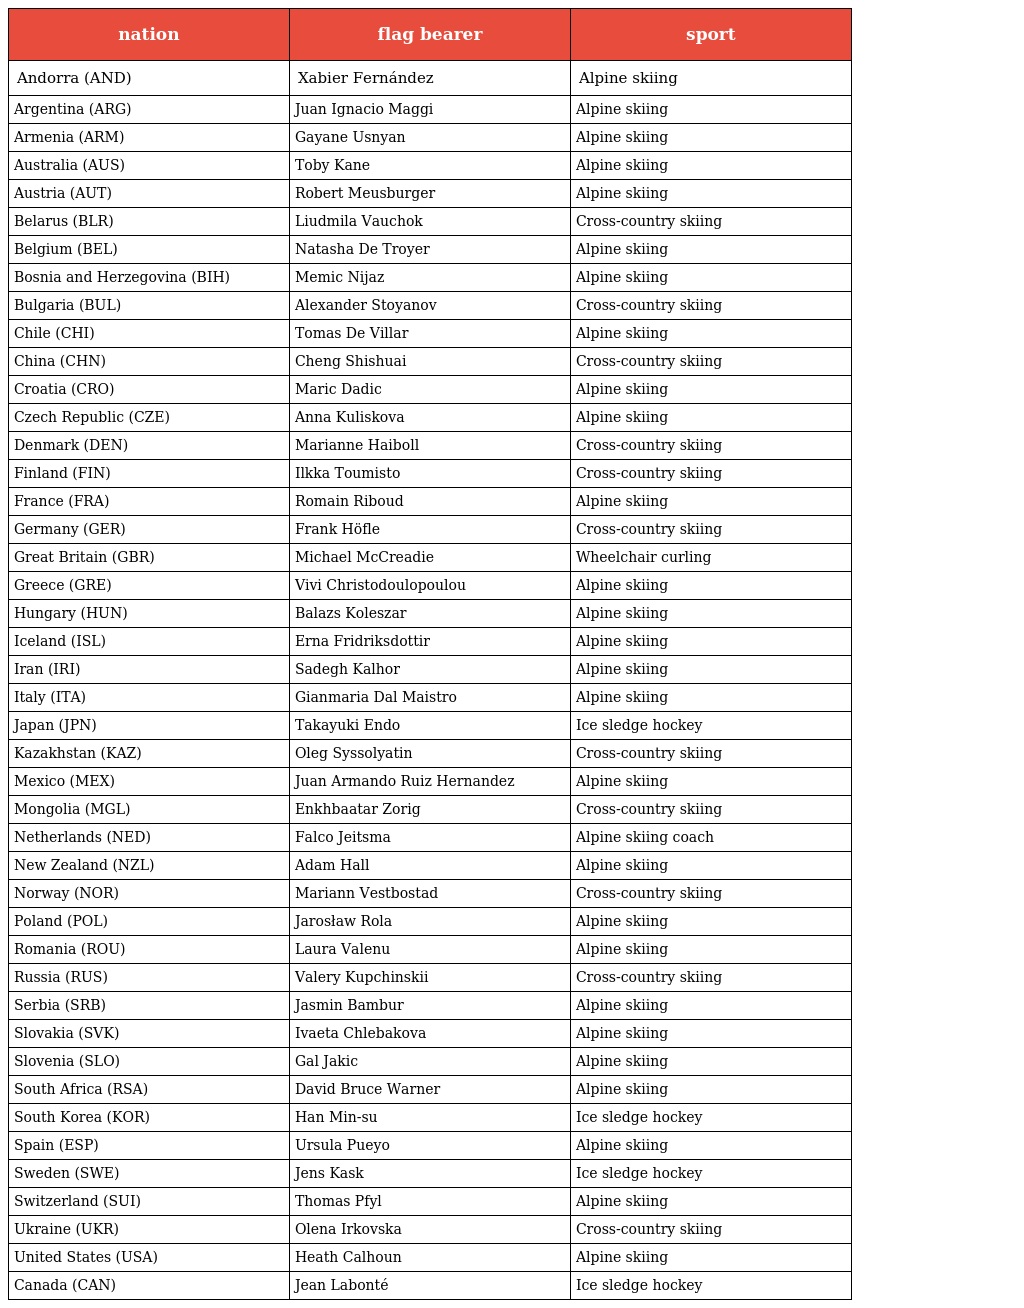
| nation | flag bearer | sport |
 | --- | --- | --- |
 | Andorra (AND) | Xabier Fernández | Alpine skiing |
 | Argentina (ARG) | Juan Ignacio Maggi | Alpine skiing |
 | Armenia (ARM) | Gayane Usnyan | Alpine skiing |
 | Australia (AUS) | Toby Kane | Alpine skiing |
 | Austria (AUT) | Robert Meusburger | Alpine skiing |
 | Belarus (BLR) | Liudmila Vauchok | Cross-country skiing |
 | Belgium (BEL) | Natasha De Troyer | Alpine skiing |
 | Bosnia and Herzegovina (BIH) | Memic Nijaz | Alpine skiing |
 | Bulgaria (BUL) | Alexander Stoyanov | Cross-country skiing |
 | Chile (CHI) | Tomas De Villar | Alpine skiing |
 | China (CHN) | Cheng Shishuai | Cross-country skiing |
 | Croatia (CRO) | Maric Dadic | Alpine skiing |
 | Czech Republic (CZE) | Anna Kuliskova | Alpine skiing |
 | Denmark (DEN) | Marianne Haiboll | Cross-country skiing |
 | Finland (FIN) | Ilkka Toumisto | Cross-country skiing |
 | France (FRA) | Romain Riboud | Alpine skiing |
 | Germany (GER) | Frank Höfle | Cross-country skiing |
 | Great Britain (GBR) | Michael McCreadie | Wheelchair curling |
 | Greece (GRE) | Vivi Christodoulopoulou | Alpine skiing |
 | Hungary (HUN) | Balazs Koleszar | Alpine skiing |
 | Iceland (ISL) | Erna Fridriksdottir | Alpine skiing |
 | Iran (IRI) | Sadegh Kalhor | Alpine skiing |
 | Italy (ITA) | Gianmaria Dal Maistro | Alpine skiing |
 | Japan (JPN) | Takayuki Endo | Ice sledge hockey |
 | Kazakhstan (KAZ) | Oleg Syssolyatin | Cross-country skiing |
 | Mexico (MEX) | Juan Armando Ruiz Hernandez | Alpine skiing |
 | Mongolia (MGL) | Enkhbaatar Zorig | Cross-country skiing |
 | Netherlands (NED) | Falco Jeitsma | Alpine skiing coach |
 | New Zealand (NZL) | Adam Hall | Alpine skiing |
 | Norway (NOR) | Mariann Vestbostad | Cross-country skiing |
 | Poland (POL) | Jarosław Rola | Alpine skiing |
 | Romania (ROU) | Laura Valenu | Alpine skiing |
 | Russia (RUS) | Valery Kupchinskii | Cross-country skiing |
 | Serbia (SRB) | Jasmin Bambur | Alpine skiing |
 | Slovakia (SVK) | Ivaeta Chlebakova | Alpine skiing |
 | Slovenia (SLO) | Gal Jakic | Alpine skiing |
 | South Africa (RSA) | David Bruce Warner | Alpine skiing |
 | South Korea (KOR) | Han Min-su | Ice sledge hockey |
 | Spain (ESP) | Ursula Pueyo | Alpine skiing |
 | Sweden (SWE) | Jens Kask | Ice sledge hockey |
 | Switzerland (SUI) | Thomas Pfyl | Alpine skiing |
 | Ukraine (UKR) | Olena Irkovska | Cross-country skiing |
 | United States (USA) | Heath Calhoun | Alpine skiing |
 | Canada (CAN) | Jean Labonté | Ice sledge hockey |